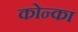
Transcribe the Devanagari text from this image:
कोन्का